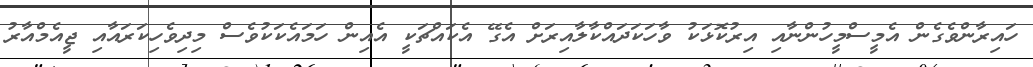
ހައިރާންވެގެން އެމީސްމީހުންނާއި އިރުކޮޅަކު ވާހަކަދައްކާލާއިރަށް އެގޭ އެކައްޗަކީ އެއިން ހަމައެކަކުވެސް މިދިވެހިކަރައާއި ޖީއެމްއާރު